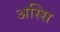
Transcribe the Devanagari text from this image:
अस्सि